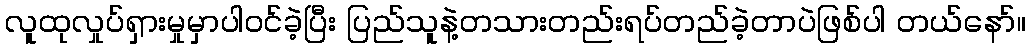
လူထုလှုပ်ရှားမှုမှာပါဝင်ခဲ့ပြီး ပြည်သူနဲ့တသားတည်းရပ်တည်ခဲ့တာပဲဖြစ်ပါ တယ်နော်။